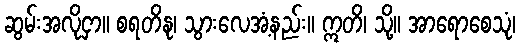
ဆွမ်းအလိုငှာ။ စရတိနု၊ သွားလေအံ့နည်း။ ဣတိ၊ သို့။ အာရောစေသုံ၊